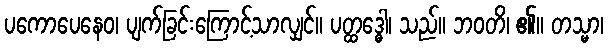
ပကောပေနေဝ၊ ပျက်ခြင်းကြောင့်သာလျှင်။ ပတ္ထဒ္ဓေါ၊ သည်။ ဘဝတိ၊ ၏။ တသ္မာ၊